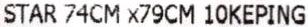
STAR 74CM X79CM 10KEPING